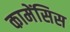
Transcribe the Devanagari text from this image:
कामेंसिस